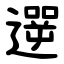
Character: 遻